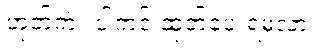
ဟုတ်ကဲ့။ ပါကင် ထုတ်ပေးရမလား။